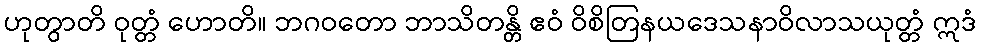
ဟုတွာတိ ဝုတ္တံ ဟောတိ။ ဘဂဝတော ဘာသိတန္တိ ဧဝံ ဝိစိတြနယဒေသနာဝိလာသယုတ္တံ ဣဒံ